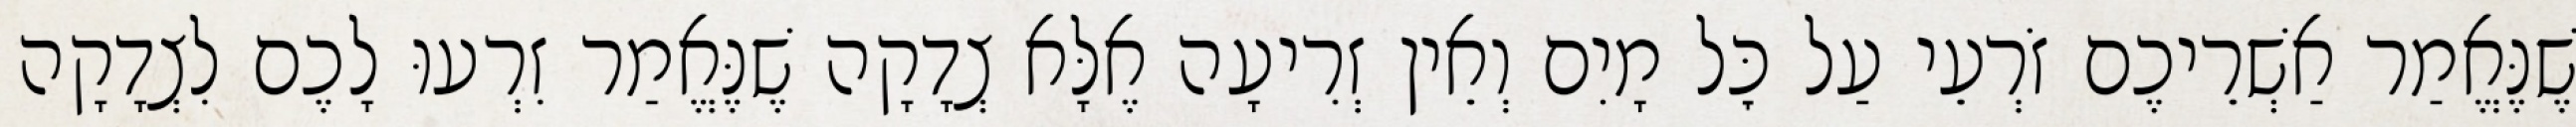
שֶׁנֶּאֱמַר אַשְׁרֵיכֶם זֹרְעֵי עַל כׇּל מָיִם וְאֵין זְרִיעָה אֶלָּא צְדָקָה שֶׁנֶּאֱמַר זִרְעוּ לָכֶם לִצְדָקָה